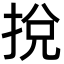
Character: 挩